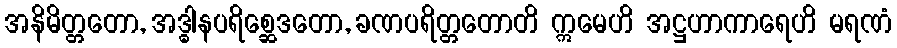
အနိမိတ္တတော, အဒ္ဓါနပရိစ္ဆေဒတော, ခဏပရိတ္တတောတိ ဣမေဟိ အဋ္ဌဟာကာရေဟိ မရဏံ